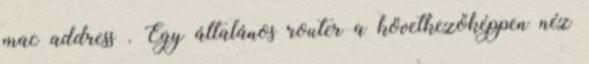
mac address . Egy általános router a következőképpen néz